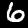
Digit: 6